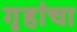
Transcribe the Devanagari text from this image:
गृहांचा